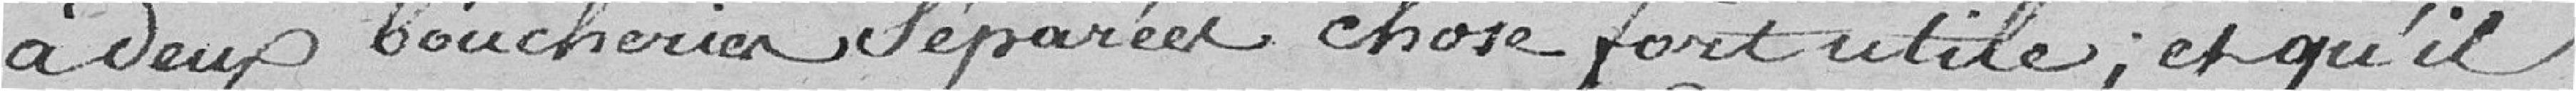
a deux boucheries séparées chose fort utile, et qu'il